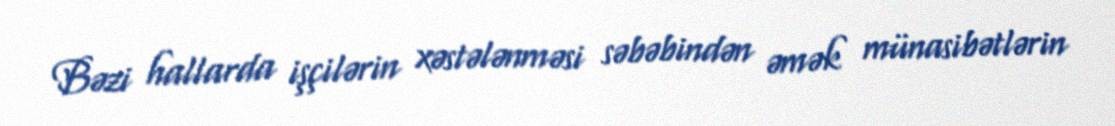
Bəzi hallarda işçilərin xəstələnməsi səbəbindən əmək münasibətlərin